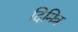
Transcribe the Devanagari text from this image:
दिमित्र